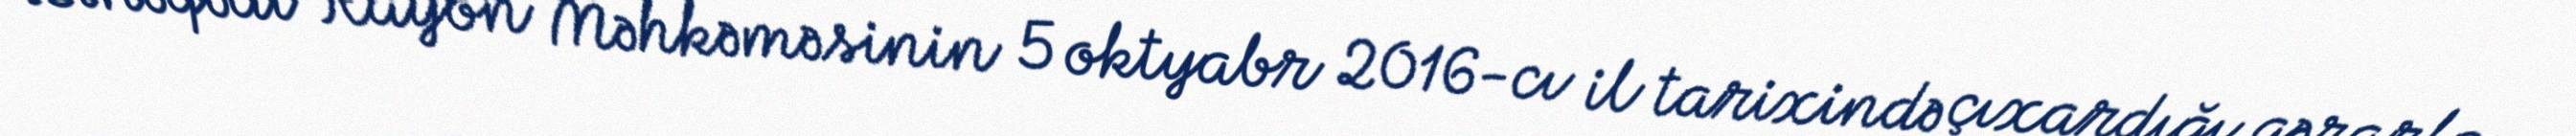
Binəqədi Rayon Məhkəməsinin 5 oktyabr 2016-cı il tarixində çıxardığı qərarla